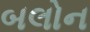
બલોન